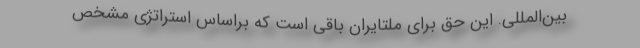
بین‌المللی. این حق برای ملتایران باقی است که براساس استراتژی مشخص